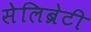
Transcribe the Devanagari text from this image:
सेलिब्रेटी